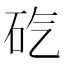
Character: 𥐬